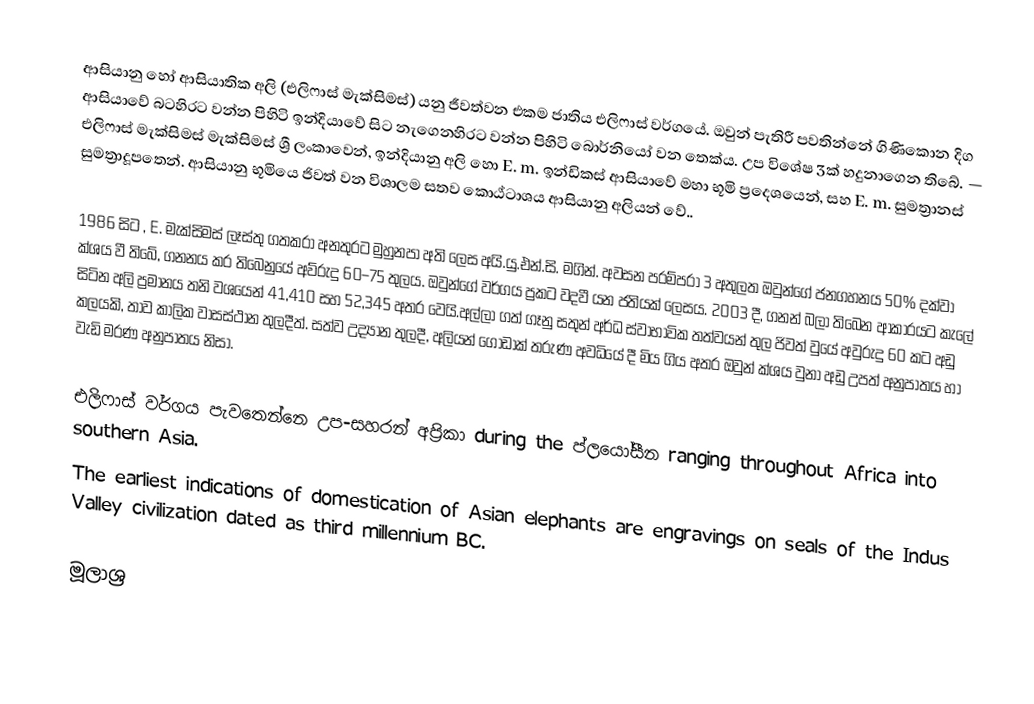
ආසියානු හෝ ආසියාතික අලි (එලිෆාස් මැක්සිමස්) යනු ජීවත්වන එකම ජාතිය එලිෆාස් වර්ගයේ. ඔවුන් පැතිරී පවතින්නේ ගිණිකොන දිග ආසියාවේ බටහිරට වන්න පිහිටි ඉන්දියාවේ සිට නැගෙනහිරට වන්න පිහිටි බොර්නියෝ වන තෙක්ය. උප විශේෂ 3ක් හදුනාගෙන තිබේ. — එලිෆාස් මැක්සිමස් මැක්සිමස් ශ්‍රී ලංකාවෙන්,  ඉන්දියානු අලි හො E. m. ඉන්ඩිකස් ආසියාවේ මහා භූමි ප්‍රදෙශයෙන්, සහ E. m. සුමත්‍රානස් සුමත්‍රාදූපතෙන්. ආසියානු භූමියෙ ජිවත් වන විශාලම සතව කොඨ්ටාශය ආසියානු අලියන් වේ..

1986 සිට , E. මැක්සිමස් ලෑස්තු ගතකරා අනතුරට මුහුනපා අති ලෙස අයි.යු.එන්.සි. මගින්. අවසන පරම්පරා 3 අතුලත ඔවුන්ගේ ජනගහනය 50% දක්වා ක්ශය වී තිබේ, ගනනය කර තිබෙනුයේ අව්රුදු 60–75 තුලය. ඔවුන්ගේ වර්ගය ප්‍රකට වදවී යන ජතියක් ලෙසය. 2003 දී, ගනන් බලා තිබෙන ආකාරයට කැලේ සිටින අලි ප්‍රමානය තනි වශයෙන් 41,410 සහ 52,345 අතර වෙයි.අල්ලා ගත් ගෑනු සතුන් අර්ධ ස්වාභාවික තත්වයන් තුල ජිවත් වුයේ අවුරුදු 60 කට අඩු කලයකි, තාව කාලික වාසස්ථාන තුලදීත්. සත්ව උද්‍යාන තුලදී, අලියන් ගොඩාක් තරුණ අවධියේ දී මිය ගිය අතර ඔවුන් ක්ශය වුනා අඩු උපත් අනුපාතය හා වැඩි මරණ අනුපාතය නිසා.

එලිෆාස් වර්ගය පැවතෙන්නෙ උප-සහරන් අප්‍රිකා during the ප්ලයෝසීන ranging throughout Africa into southern Asia.
The earliest indications of domestication of Asian elephants are engravings on seals of the Indus Valley civilization dated as third millennium BC.

මූලාශ්‍ර